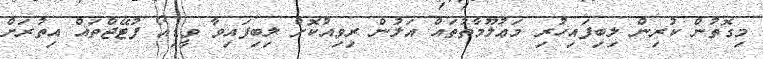
މިގޮތުން ކުރިން ލިބިފައިހުރި މަޢުލޫމާތުތައް އަލުން ރިވިއުކޮށް ލިބިފައިވާ ވީޑިއޯ ފުޓޭޖްތައް އިތުރަށް